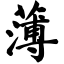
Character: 薄